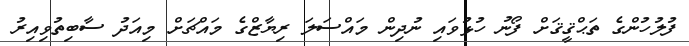
ފުލުހުންގެ ތަޙްޤީޤަށް ފޯނު ހުޅުވައި ނުދިން މައްސަލަ ރިޔާޒްގެ މައްޗަށް މިއަދު ސާބިތުވިއިރު